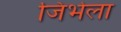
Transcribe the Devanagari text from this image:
जिभेला